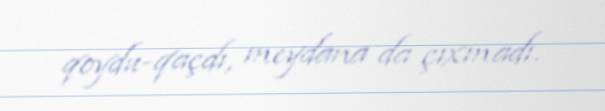
qoydu-qaçdı, meydana da çıxmadı.